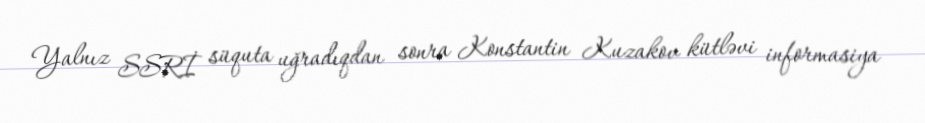
Yalnız SSRİ süquta uğradıqdan sonra Konstantin Kuzakov kütləvi informasiya